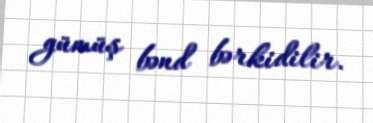
gümüş bənd bərkidilir.